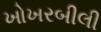
ખોખરબીલી